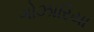
ગોઝારિયા